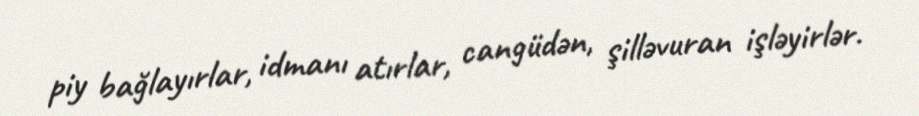
piy bağlayırlar, idmanı atırlar, cangüdən, şilləvuran işləyirlər.